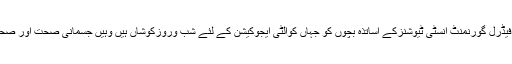
اس موقع پر خطاب کرتے ہوئے لیفٹیننٹ کرنل سعادت اللہ نے کہاکہ فیڈرل گورنمنٹ انسٹی ٹیوشنزکے اساتذہ بچوں کو جہاں کوالٹی ایجوکیشن کے لئے شب وروزکوشاں ہیں وہیں جسمانی صحت اور صحت مندمقابلے کے رجحان کے لئے سپورٹس کوبھی ترجیح دیتے ہیں۔